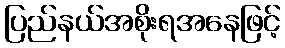
ပြည်နယ်အစိုးရအနေဖြင့်